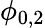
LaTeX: \phi_{0,2}